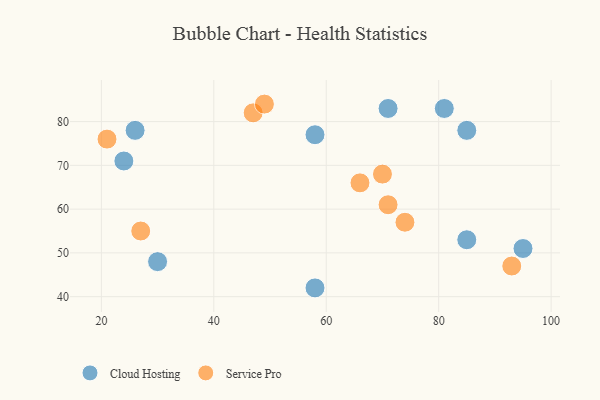
{"axis": {"x": "GDP", "y": "Life Expectancy"}, "legend": ["Cloud Hosting", "Service Pro"], "data": [{"x": "85", "y": 78, "type": "Cloud Hosting"}, {"x": "95", "y": 51, "type": "Cloud Hosting"}, {"x": "71", "y": 83, "type": "Cloud Hosting"}, {"x": "30", "y": 48, "type": "Cloud Hosting"}, {"x": "26", "y": 78, "type": "Cloud Hosting"}, {"x": "58", "y": 77, "type": "Cloud Hosting"}, {"x": "85", "y": 53, "type": "Cloud Hosting"}, {"x": "24", "y": 71, "type": "Cloud Hosting"}, {"x": "58", "y": 42, "type": "Cloud Hosting"}, {"x": "81", "y": 83, "type": "Cloud Hosting"}, {"x": "27", "y": 55, "type": "Service Pro"}, {"x": "66", "y": 66, "type": "Service Pro"}, {"x": "93", "y": 47, "type": "Service Pro"}, {"x": "21", "y": 76, "type": "Service Pro"}, {"x": "74", "y": 57, "type": "Service Pro"}, {"x": "47", "y": 82, "type": "Service Pro"}, {"x": "70", "y": 68, "type": "Service Pro"}, {"x": "71", "y": 61, "type": "Service Pro"}, {"x": "49", "y": 84, "type": "Service Pro"}]}